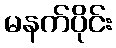
မနက်ပိုင်း